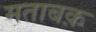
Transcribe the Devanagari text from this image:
मताबक़